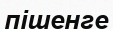
пішенге